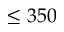
\le 3 5 0